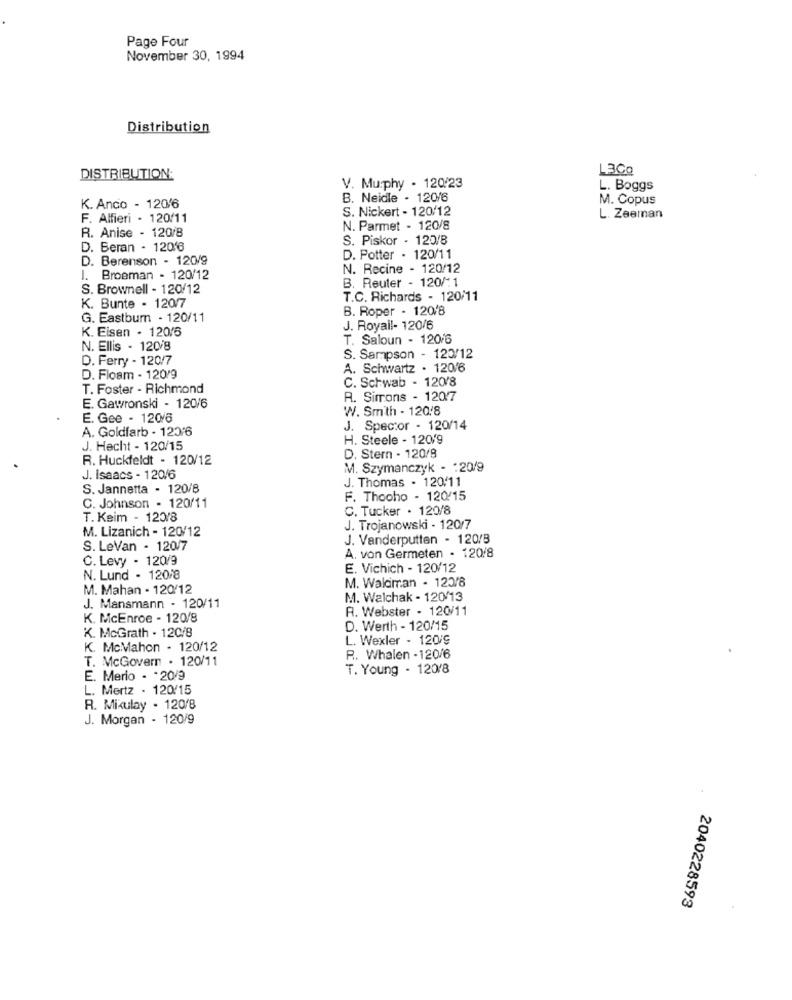
Page Four
November 30, 1994
Distribution
L3Co
DISTRIBUTION:
V. Murphy . 120/23
L. Boggs
B. Neidle . 120/6
M. Copus
K. Anco - 120/6
S. Nickert - 120/12
F. Alfieri - 120/11
L. Zeeman
N. Parmet - 120/8
R. Anise - 120/8
S. Piskor - 120/8
D. Beran - 120'6
D. Berenson - 120/9
D. Potter - 120/11
N. Recine - 120/12
1. Broeman - 120/12
B. Reuter - 120/11
S. Brownell - 120/12
T.C. Richards - 120/11
K. Bunte - 120/7
B. Roper - 120/8
G. Eastburn - 120/11
K. Eisen - 120/6
J. Royall- 120/6
T. Saloun - 120/6
N. Ellis - 120/8
D. Ferry - 120/7
S. Sampson - 120/12
A. Schwartz . 120/6
D. Floam - 12019
T. Foster - Richmond
C. Schwab - 120/8
A. Simons - 120/7
E. Gawronski - 120/6
W. Smith - 120/8
E. Gee - 120/6
A. Goldfarb - 120/6
J. Spector - 120/14
H. Steele - 120/9
J. Hecht - 120/15
R. Huckfeldt - 120/12
D. Stern - 120/8
M. Szymanczyk - : 20/9
J. Isaacs - 120/6
J. Thomas . 120/11
S. Jannetta - 120/8
F. Thooho - 120/15
C. Johnson - 120/11
C. Tucker . 120/8
T. Keim - 123/8
J. Trojanowski - 120/7
M. Lizanich - 120/12
J. Vanderputten - 120/B
S. LeVan - 120/7
C. Levy - 120/9
A. von Germeten - 120/8
E. Vichich - 120/12
N. Lund - 120/8
M. Waldman - 120/8
M. Mahan - 120/12
M. Walchak - 120/13
J. Mansmann - 120/11
A. Webster - 120/11
K. McEnroe - 120/8
D. Werth - 120/15
K. McGrath . 120/8
L. Wexler - 120/9
K. McMahon - 120/12
T. McGovern . 120/11
R. Whalen - 120/6
T. Young - 120/8
E. Merio - - 20/9
L. Mertz - 120/15
R. Mixulay - 120/8
J. Morgan - 120/9
2040228593